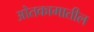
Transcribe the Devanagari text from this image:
ओतकामातील